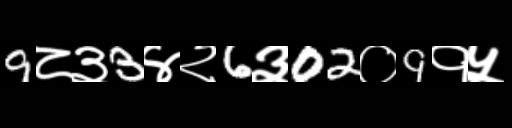
Text: 9८३3४२6३02०9१५